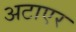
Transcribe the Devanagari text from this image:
अटाएर